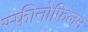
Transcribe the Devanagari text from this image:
स्फीनोफिलम